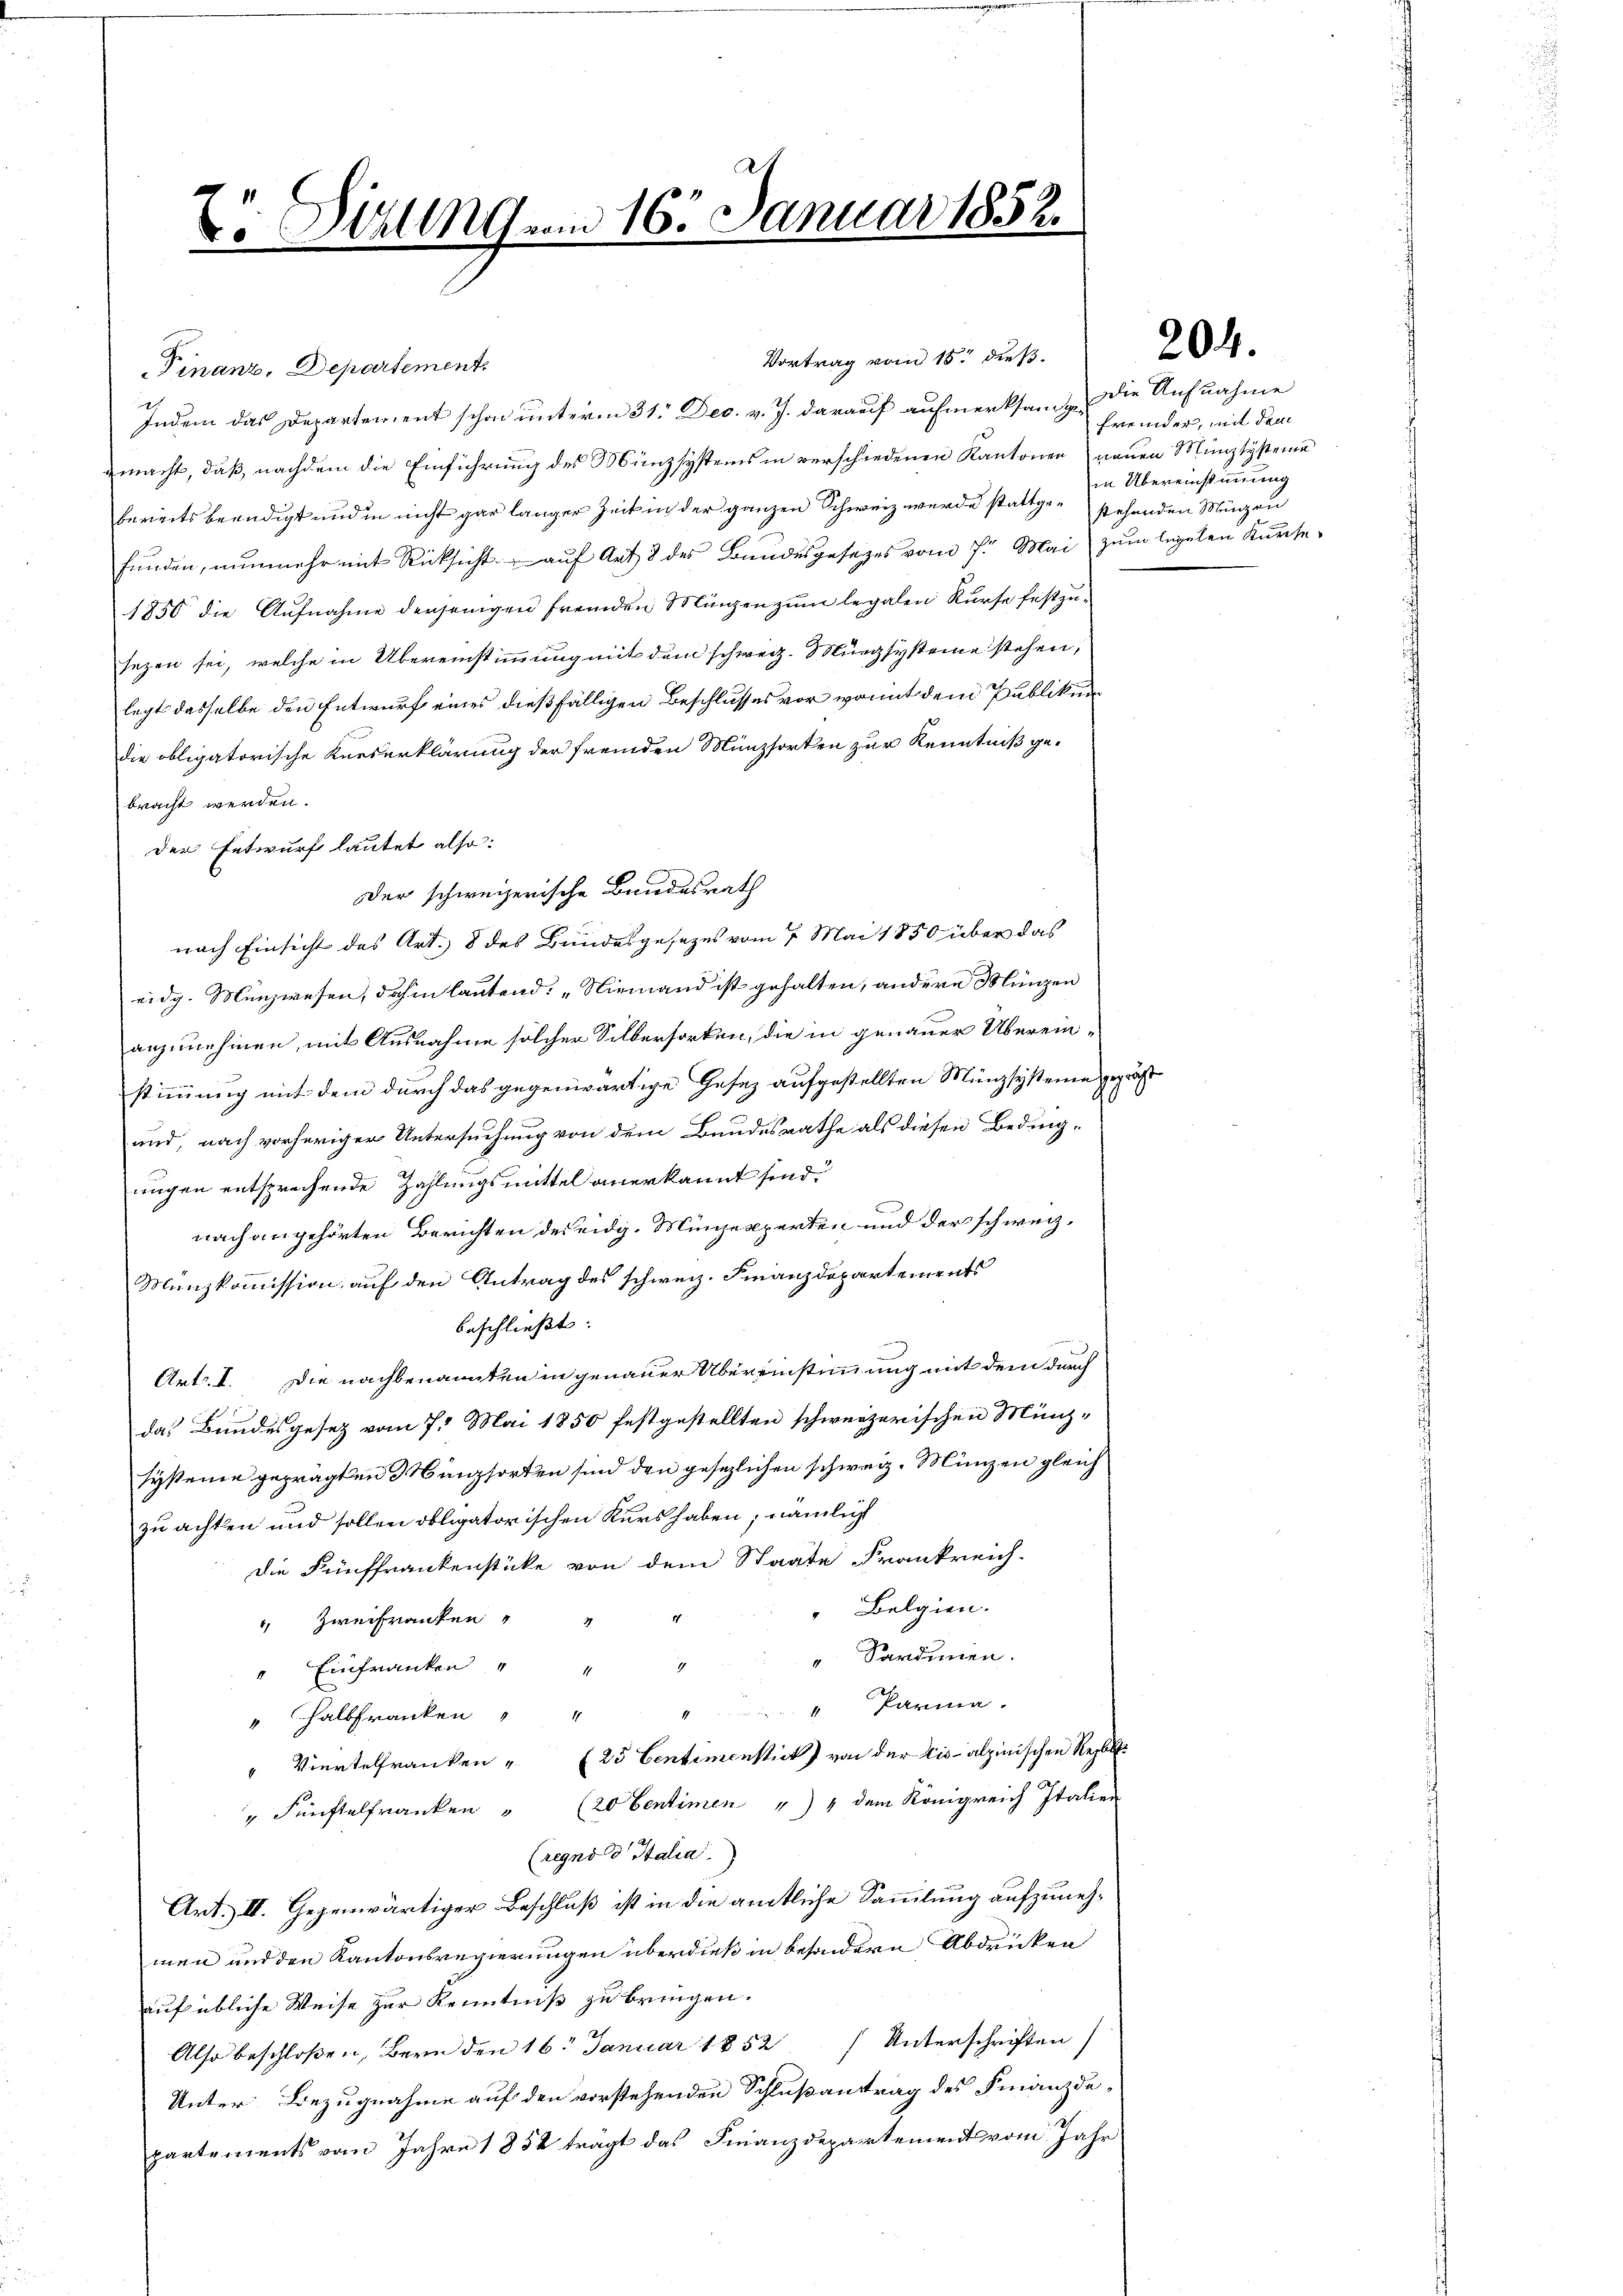
Er Situng am 16. Januar 1852.

Finanz, Departement
Indem das Departement schon unterm 31. Dec. v. J. darauf aufmerksam, die Aufnahme
macht, daß, nachdem die Einführung des Münzsystems in verschiedenen Kantonen neuen Münzsysteme
bereits beendigt und in nicht gar langer Zeit in der ganzen Schweiz wurde stattgestehenden Münzen
fŭnden, nunmehr mit Rücksicht - auf Art. 2 des Bundesgesezes vom 7. Mai zum legelen Kurse
1850 die Aufnahme derjenigen fremden Münzen zum legalen Kurse festzusezen sei, welche in Übereinstimmung mit dem schweiz. Münzsysteine stehen,
legt dasselbe den Entwurf eines dießfälligen Beschlusses vor, womit dem Publikum
die obligatorische Kueserklärung der fremden Münzsorten zur Kenntniß gebracht werden.
Der Entwurf lautet also:
der schweizerische Bundesrath
nach Einsicht des Art. 8 des Bundesgesezes vom 7. Mai 1850 über das
eidg. Münzwesen, dahin lautend: „Niemand ist gehalten, andere Münzen
anzunehmen, mit Ausnahme solcher Silbersorten, die in genauer Übereinstimmung mit dem durch das gegenwärtige Gesez aufgestellten Münzsysteme gepräs
.
und, nach vorheriger Untersuchung von dem Bundesrathe als diesen Beding-
ungen entsprechende Zahlungsmittel anerkannt sind.
nach angehörten Berichten des eidg. Münzexperten und der schweiz.
Münzkommission auf den Antrag des schweiz. Finanzdepartements
beschließt: |
Art. I. Die nachbenannten in genauer Übereinstimmung mit dem durch
das Bundesgesetz vom 7. Mai 1850 festgestellten schweizerischen Münzsysteme geprägten Mingsorten sind den gesezlichen schweiz. Münzen gleich
zu achten und sollen obligatorischen Kurs haben; nämlich
Die Fünffrankenstücke von dem Staate Frankreich-
Belgien.
" Zweifranken " "
Sardinen.
" Einfranken " " "
" Parma.
" halbfranken " "
" Viertelfranken " (25 Centementick) von der Eis- alpinischen Regle
" Fünftelfranken " (20 Centimen " " dem Königreich Italien
(regno d Italia.
Art. II. Gegenwärtiger Beschluß ist in die amtliche Sammlung aufzunehmen und den Kantonsregierungen überdieß in besondern Abdrücken
auf übliche Weise zur Kenntniß zu bringen.
Also beschloßen, Bern den 16. Januar 1852 Unterschriften
Unter Bezugnahme auf den vorstehenden Schlußantrag des Finanzde-
partements vom Jahre 1852 trägt das Finanzdepartements vom Jahr

Vortrag vom 18ten dieß.

204.

fremder, mit dem
in Übereinstimmung